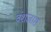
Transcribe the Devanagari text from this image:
वंशजास